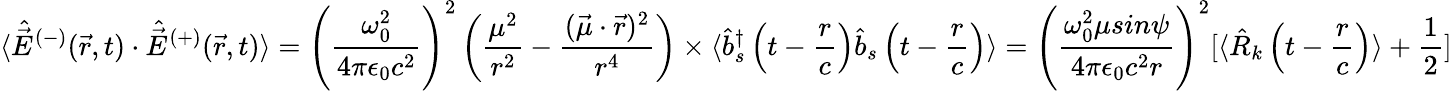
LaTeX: \langle{\hat{\vec{E}}}^{(-)}({\vec{r}},t)\cdot{\hat{\vec{E}}}^{(+)}({\vec{r}},t)\rangle=\left({\frac{\omega_{0}^{2}}{4\pi\epsilon_{0}c^{2}}}\right)^{2}\left({\frac{\mu^{2}}{r^{2}}}-{\frac{({\vec{\mu}}\cdot{\vec{r}})^{2}}{r^{4}}}\right)\times\langle{\hat{b}}_{s}^{\dagger}\left(t-{\frac{r}{c}}\right){\hat{b}}_{s}\left(t-{\frac{r}{c}}\right)\rangle=\left({\frac{\omega_{0}^{2}\mu sin\psi}{4\pi\epsilon_{0}c^{2}r}}\right)^{2}[\langle{\hat{R}}_{k}\left(t-{\frac{r}{c}}\right)\rangle+{\frac{1}{2}}]